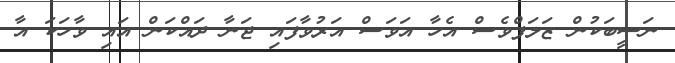
ނަސީބަކުން ޒަލަފްވެސް އެހާ އަވަސް އަރުވާފައި ޖަނާ ދައްކަން އައި ވާހަކަ އާ